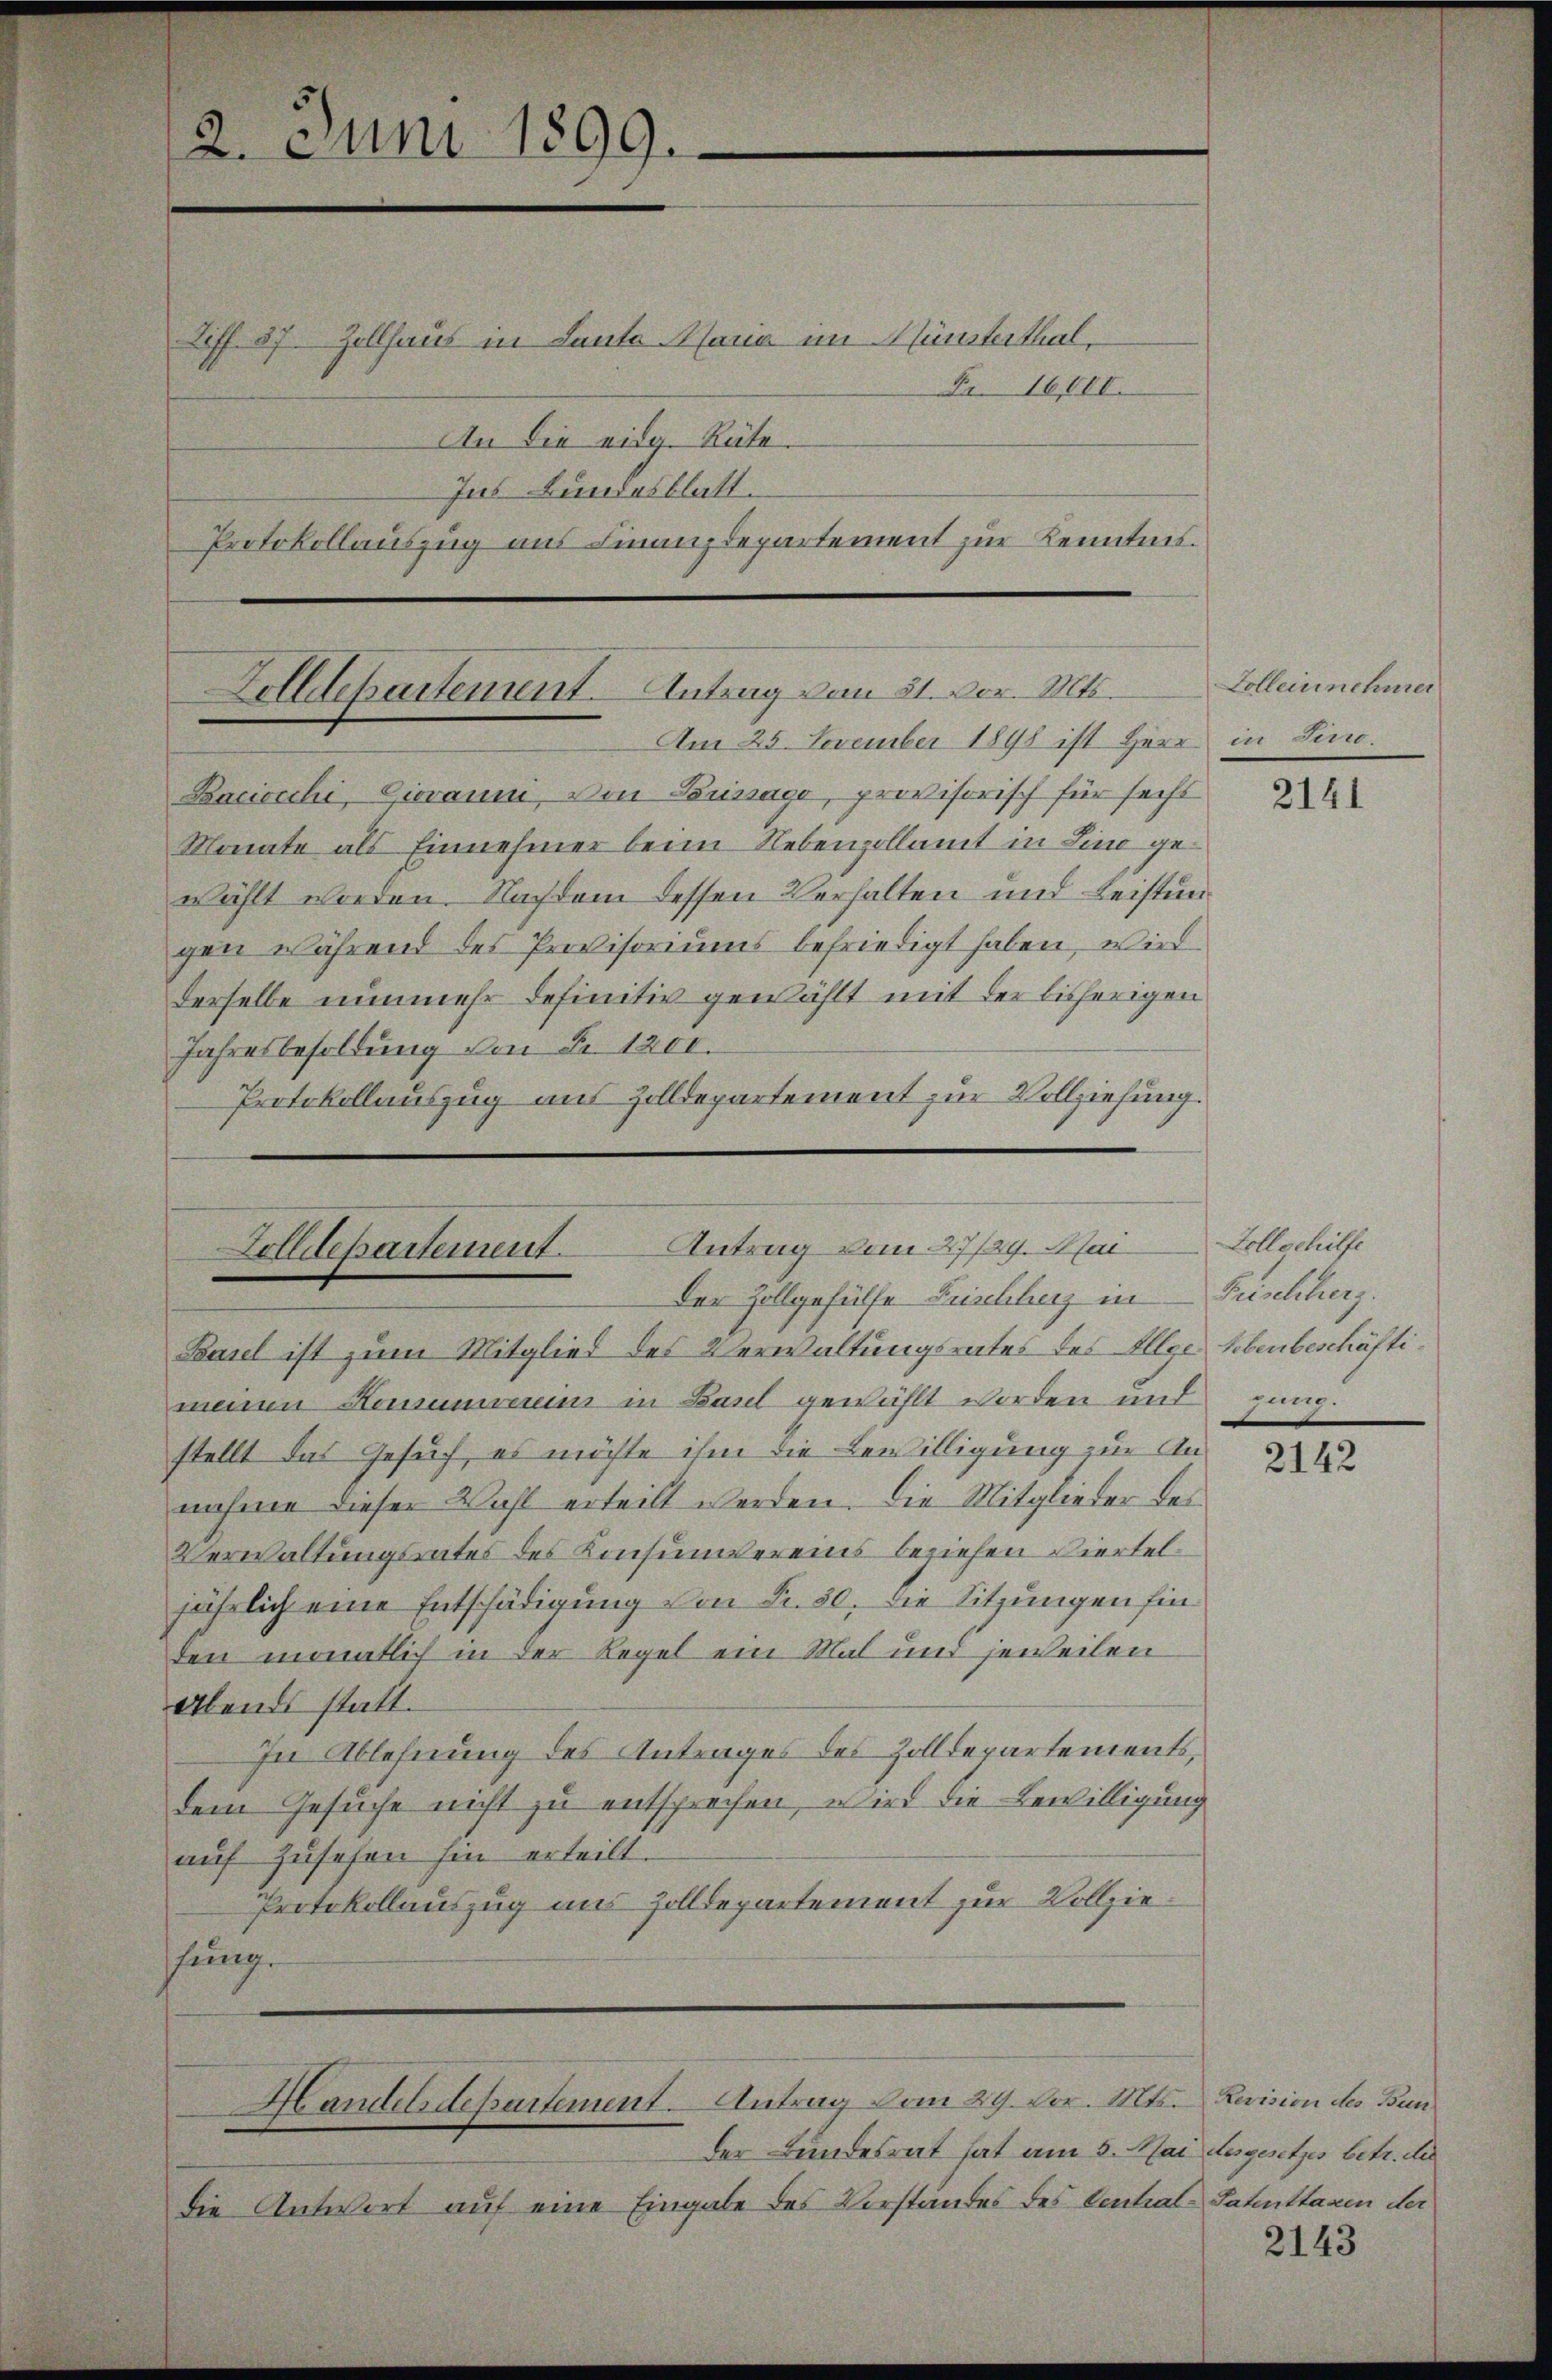
2. Juni 1899.

Zolldepartement. Antrag vom 31. vor. Mts.
Am 25. November 1898 ist Herr in Sino.

Liff. 57. Zollhaus in Laute Maria im Münsterthal,
An die eidg. Räte.
Jus Bundesblatt.
Protokollauszug aus Finanzdepartement zur Kenntnis.

Fr. 16,000.

Kaciocchi, Giovanni, von Bussage, provisorisch für secht
Monate als Einnehmer beim Nebenzollamt in Lina gewählt worden. Nachdem dessen Verhalten und Leistungen während des Provisoriums befriedigt haben, wird
derselbe nunmehr definitiv gewählt mit der bisherigen
Jahresbesoldung von Fr. 1200.
Protokollauszug aus Zolldepartement zur Vollziehung.

Zolldepartement. Antrag vom 27. Mai
Der Zollgehülfe Frischherz in

Basel ist zum Mitglied des Verwaltungsrates des Allge Lebenbeschäftimeinen Honsumieren in Baul gewählt worden und jung.
stellt das Gesuch, es möchte ihm die Bewilligung zur Annahme dieser Wahl erteilt werden. Die Mitglieder des
Verwaltungsrates des Konsumvereins beziehen Vierteljährlich eine Entschädigung von Fr. 30. die Sitzungen fin
den monatlich in der Regel ein Mal und jeweilen
Abends statt.
In Ablehnung des Antrages des Zolldepartements,
dem Gesuche nicht zu entsprechen, wird die Bewilligung
auf Zusehen hin erteilt.
Protokollauszug aus Zolldepartement zur Vollziesung.
Handesdepartement. Antrag vom 29. Dr. Mts. Levision des Bunder Bundesrat hat am 5. Mai desgesetzes betr. de
die Antwort auf eine Eingabe des Vorstandes des Central-Sahuttaxen der

Zolleinnehmer

2141

Toll gehilfe
Frischherz.

2142

2143